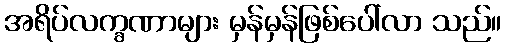
အရိပ်လက္ခဏာများ မှန်မှန်ဖြစ်ပေါ်လာ သည်။